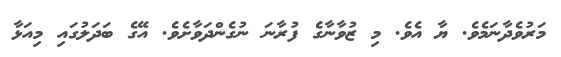
މަރުވެދާނަމެވެ. ޔާ އެވެ. މި ޒުވާނާގެ ފުރާނަ ނުގެންދަވާށެވެ. އޭގެ ބަދަލުގައި މިއަޅާ